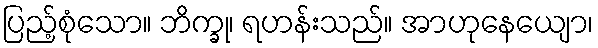
ပြည့်စုံသော။ ဘိက္ခု၊ ရဟန်းသည်။ အာဟုနေယျော၊